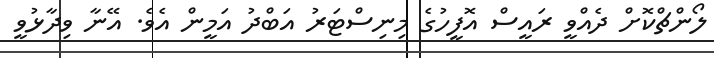
ލޯންޗްކޮށް ދެއްވީ ރައީސް އޮފީހުގެ މިނިސްޓަރު އަބްދު އަމީން އެވެ. އޭނާ ވިދާޅުވީ